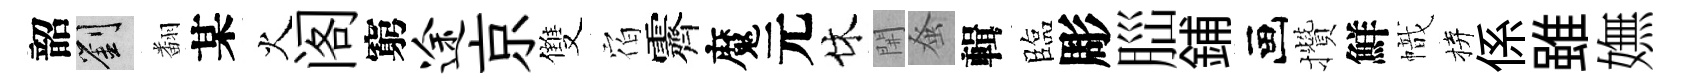
韶劉翻某火阁窮途京雙𪧐霽魔元休𨳩𫊫輯臨彫𦛁鋪画攢鮮幟拚係雖嫵